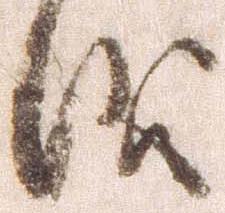
儀